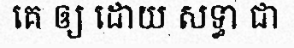
គេ ឲ្យ ដោយ សទ្ធា ជា